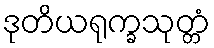
ဒုတိယရုက္ခသုတ္တံ